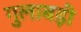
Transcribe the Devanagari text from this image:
गुलाबड़ी